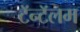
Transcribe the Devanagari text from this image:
टॅन्टॅलम